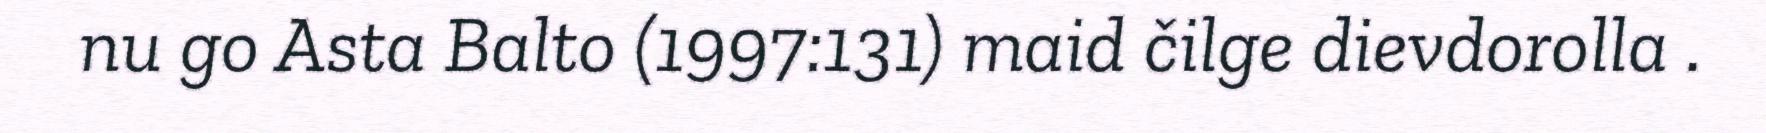
nu go Asta Balto (1997:131) maid čilge dievdorolla .